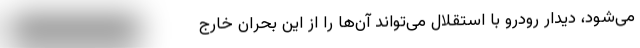
می‌شود، دیدار رودرو با استقلال می‌تواند آن‌ها را از این بحران خارج